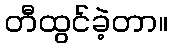
တီထွင်ခဲ့တာ။